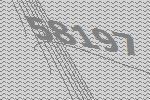
58197